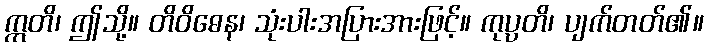
ဣတိ၊ ဤသို့။ တိဝိဓေန၊ သုံးပါးအပြားအားဖြင့်။ ကုပ္ပတိ၊ ပျက်တတ်၏။